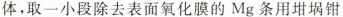
体，取一小段除去表面氧化膜的Mg条用坩埚钳